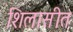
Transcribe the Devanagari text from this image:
शिलासीत